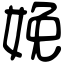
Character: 娩